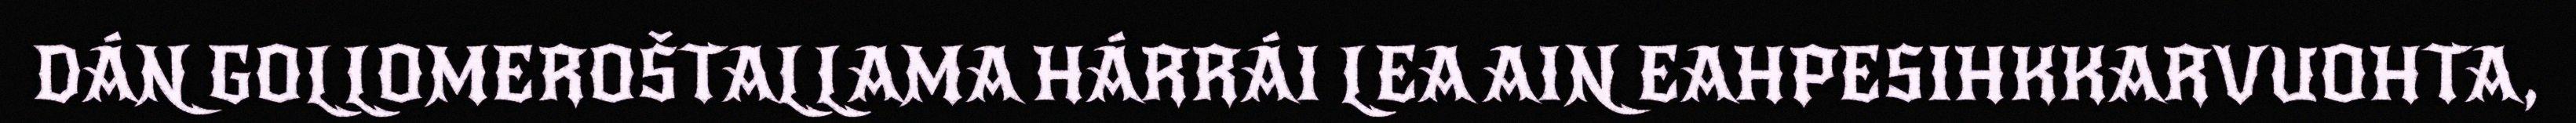
DÁN GOLLOMEROŠTALLAMA HÁRRÁI LEA AIN EAHPESIHKKARVUOHTA,